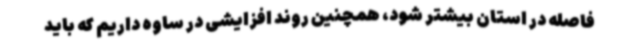
فاصله در استان بیشتر شود، همچنین روند افزایشی در ساوه داریم که باید